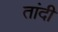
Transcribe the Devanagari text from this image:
तांदी